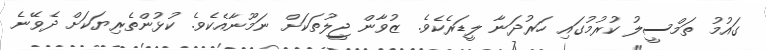
ގައުމު ތަމްސީލު ކުރުމުގައި ހަރުދަނާ ލީޑަރެކެވެ. ޒުވާން ޖީލުތަކަށް ނަމޫނާއެކެވެ. ކުޅުންތެރިޔަކަށް ދެވޭނެ